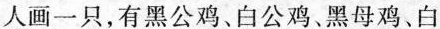
人画一只，有黑公鸡、白公鸡、黑母鸡、白